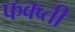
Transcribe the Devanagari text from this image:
फक्व्ती